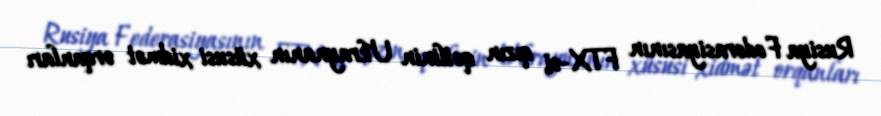
Rusiya Federasiyasının FTX-si qızın qətlinin Ukraynanın xüsusi xidmət orqanları